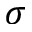
\sigma